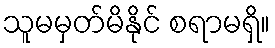
သူမမှတ်မိနိုင် စရာမရှိ။